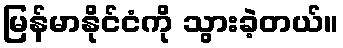
မြန်မာနိုင်ငံကို သွားခဲ့တယ်။